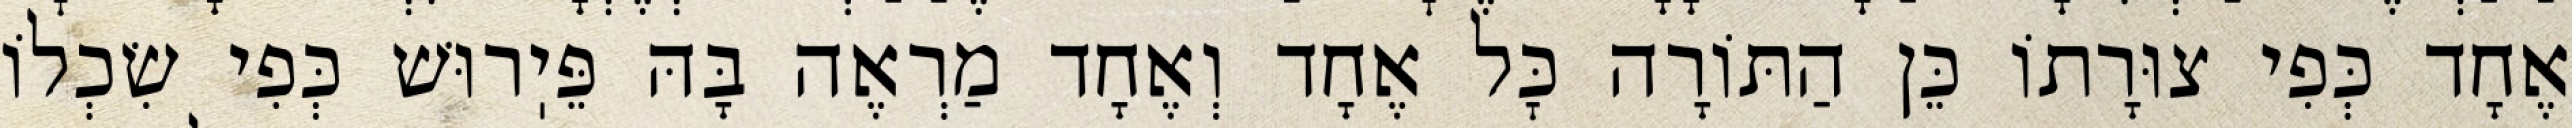
אֶחָד כְּפִי צוּרָתוֹ כֵּן הַתּוֹרָה כׇּל אֶחָד וְאֶחָד מַרְאֶה בָּהּ פֵּיֽרוּשׁ כְּפִי שִׂכְלוֹ